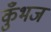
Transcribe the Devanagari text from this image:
कुँभज